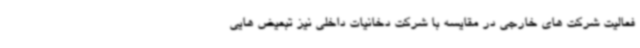
فعالیت شرکت های خارجی در مقایسه با شرکت دخانیات داخلی نیز تبعیض هایی